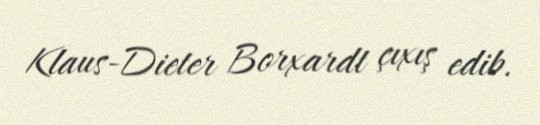
Klaus-Dieter Borxardt çıxış edib.